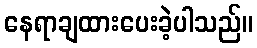
နေရာချထားပေးခဲ့ပါသည်။